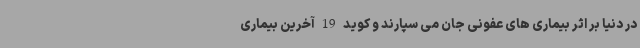
در دنیا بر اثر بیماری های عفونی جان می سپارند و کوید19آخرین بیماری